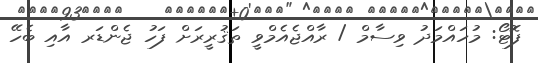
ފޮޓޯ: މުހައްމަދު ވިސާމް / ރާއްޖެއެމްވީ ތަޤުރީރަށް ފަހު ޖެންޑަރ އާއި ބެހޭ